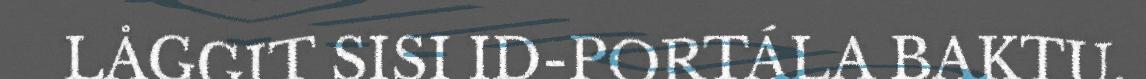
LÅGGIT SISI ID-PORTÁLA BAKTU.